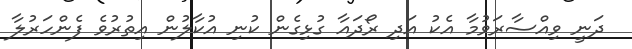
ދަނީ ވިއްސާރަވުމާ އެކު އަދި ރޯދައާ ގުޅިގެން ކުނި އުކާލުން އިތުރުވެ ފެންހަރުލާ